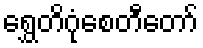
ရွှေတိဂုံစေတီတော်